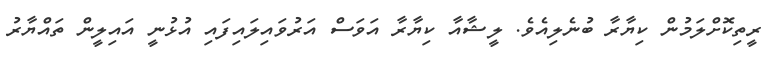
ރީތިކޮށްލަމުން ކިޔާރާ ބުނެލިއެވެ. ލީޝާއާ ކިޔާރާ އަވަސް އަރުވައިލައިފައި އުޅުނީ އައިލީން ތައްޔާރު